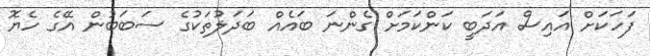
ފަހަކަށް އައިސް އަދަބީ ކަންކަމަށް ގެންނަ ބައެއް ބަދަލުތަކުގެ ސަބަބުން އޭގެ ހެޔޮ